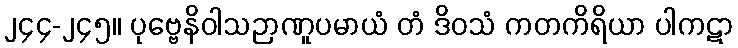
၂၄၄-၂၄၅။ ပုဗ္ဗေနိဝါသဉာဏူပမာယံ တံ ဒိဝသံ ကတကိရိယာ ပါကဋာ